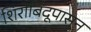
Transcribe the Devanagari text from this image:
शिरोबिंदूपासून